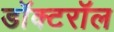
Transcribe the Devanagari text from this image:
डॉक्टरॉल